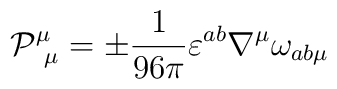
\mathcal{P}^{\mu}_{\ \mu}=\pm \frac{1}{96\pi}\varepsilon^{ab}\nabla^{\mu}\omega_{ab\mu}